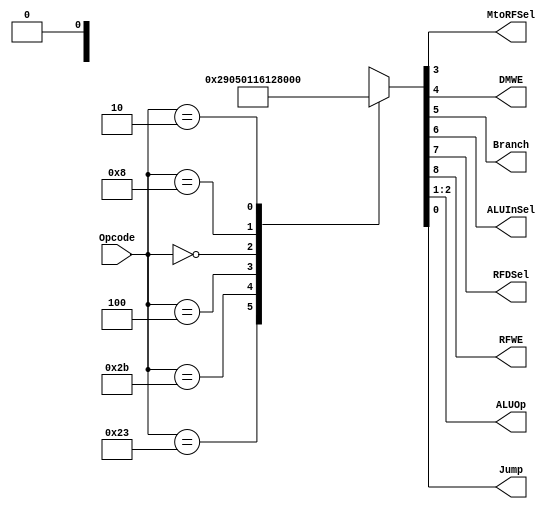
module MainDecoder( input [5:0] Opcode,
							output reg MtoRFSel, 
							output reg DMWE,
							output reg Branch,
							output reg ALUInSel, 
							output reg RFDSel, 
							output reg RFWE,
							output reg [1:0] ALUOp,
							output reg Jump);
							
	reg [8:0] control_output; 
	
    initial Jump = 0; 
	always @(*) begin 
		case (Opcode) 
		6'b100011: control_output <= 9'b101001000;  // LW
		6'b101011: control_output <= 9'b001010000; // SW
		6'b000100: control_output <= 9'b000100010; // Beq 
		6'b000000: control_output <= 9'b110000100; // R-type 
		6'b001000: control_output <= 9'b101000000; // addi  
		6'b000010: control_output <= 9'b000000001; // Jump 
		default: control_output <= 9'bxxxxxxxx0;
		endcase
	end 
	
	// Assign Opcode to the respective multiplexers and write enables. 
	always@*
	{ RFWE, RFDSel, ALUInSel, Branch, DMWE, MtoRFSel, ALUOp [1:0], Jump } = control_output [8:0] ;

endmodule